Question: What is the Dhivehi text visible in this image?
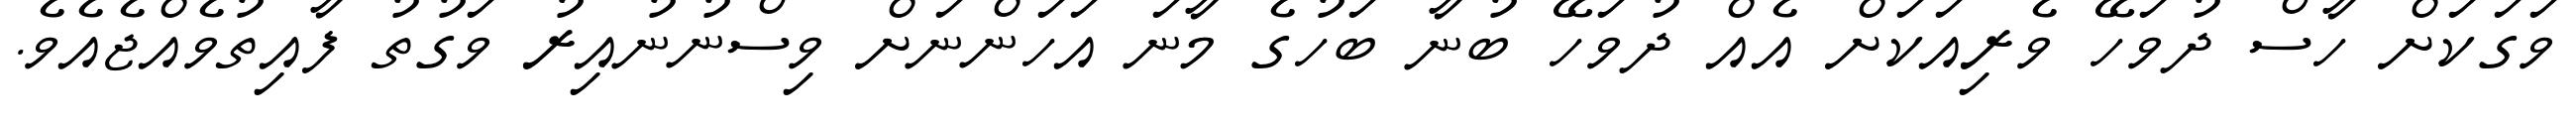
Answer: ވަގަކަށް ހާސް ދުވަހޭ ވެރިއަކަށް އެއް ދުވަހޭ ބުނާ ބަހުގެ މާނަ އަހަންނަށް ވިސްނުނުއިރު ވަގުތު ފާއިތުވެއްޖެއެވެ.